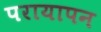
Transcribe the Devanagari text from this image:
परायापन